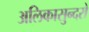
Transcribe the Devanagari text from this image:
अलिकासुन्दरो